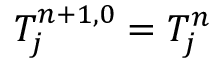
T _ { j } ^ { n + 1 , 0 } = T _ { j } ^ { n }